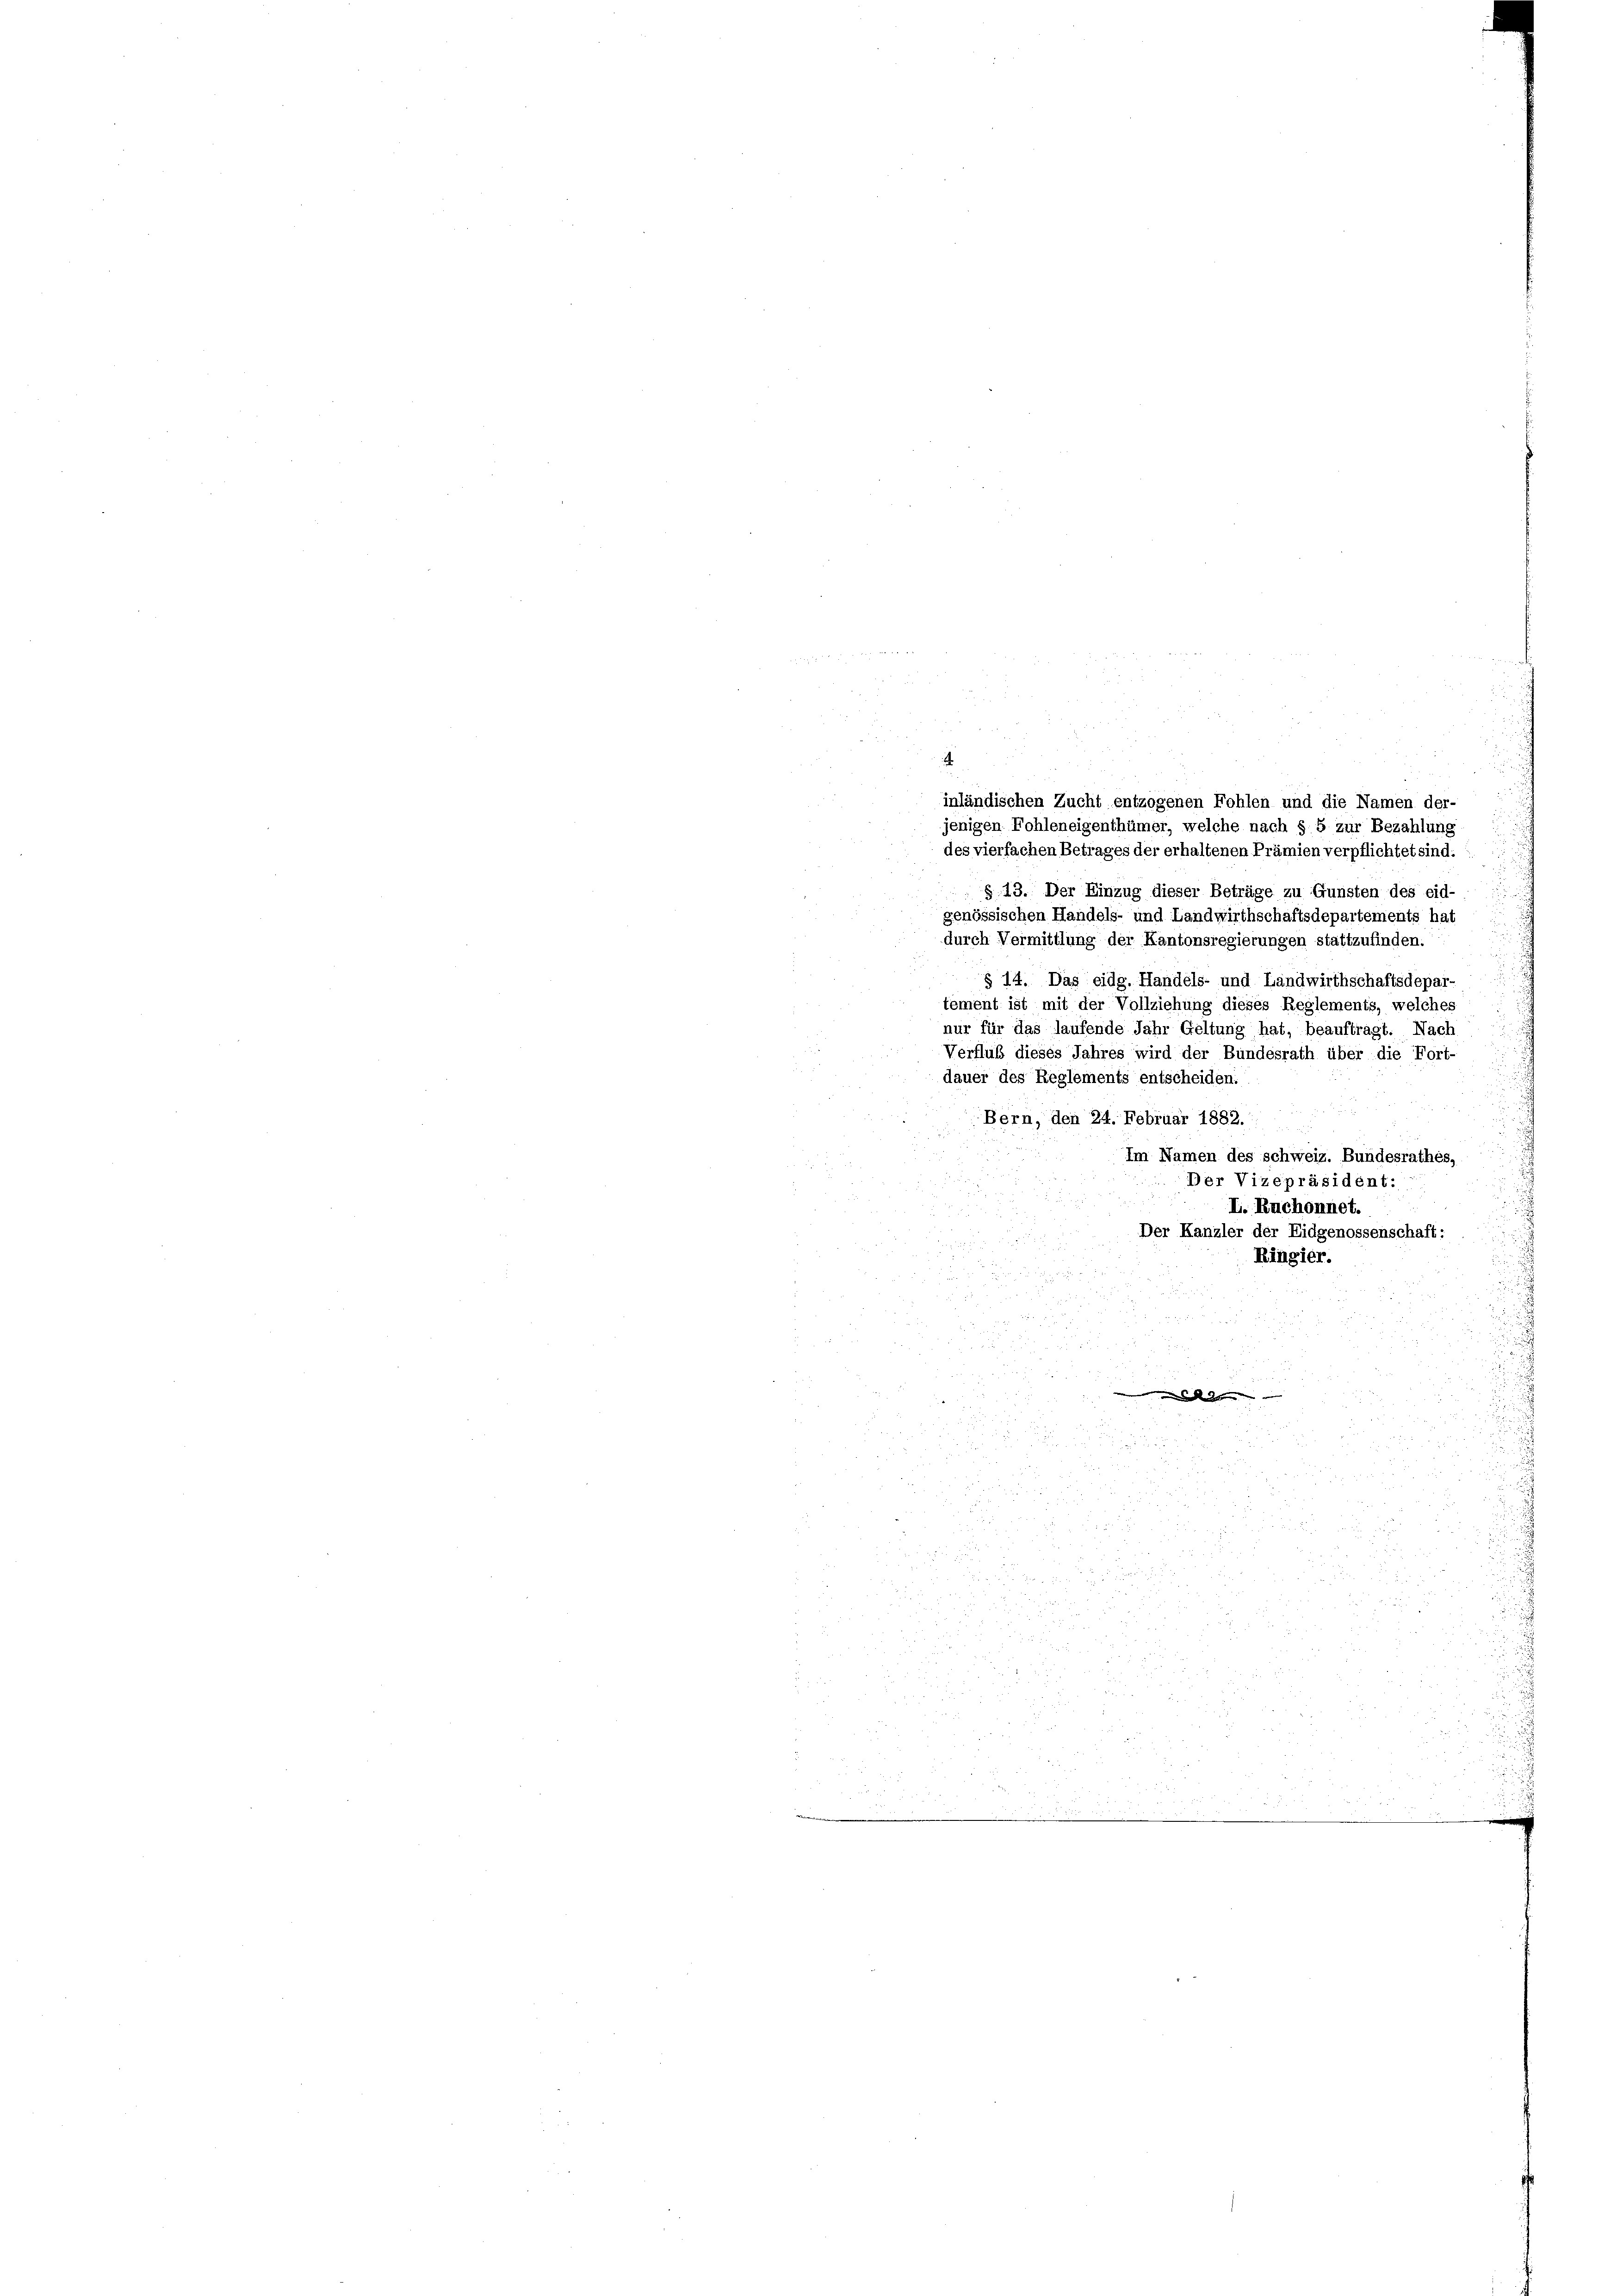
inländischen Zucht entzogenen Fohlen und die Namen der-
jenigen Fohleneigenthümer, welche nach §. 5 zur Bezahlung

des vierfachen Betrages der erhaltenen Prämien verpflichtet sind:
§ 13. Der Einzug dieser Beträge zu Gunsten des eid-
genössischen Handels- und Landwirthschaftsdepartements hat
durch Vermittlung der Kantonsregierungen stattzufinden.
§ 14. Das eidg. Handels- und Landwirthschaftsdepar-
tement ist mit der Vollziehung dieses Reglements, welches
nur für das laufende Jahr Geltung hat, beauftragt. Nach
Verfluß dieses Jahres wird der Bundesrath über die Fort-
dauer des Reglements entscheiden.
Bern, den 24. Februar 1882.
Im Namen des schweiz. Bundesrathes,
Der Vizepräsident:
I. Ruchonnet.
Der Kanzler der Eidgenossenschaft:
.
n
Ringier.
2
.

 55
5
d
24

i
r

.
ur

i
n